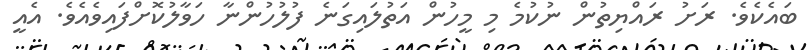
ބައެކެވެ. ރަށު ރައްޔިތުން ނުކުމެ މި މީހުން އަތުލައިގަނެ ފުލުހުންނާ ހަވާލުކޮށްފައިވެއެވެ. އެއީ